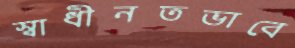
স্বাধীনতভাবে